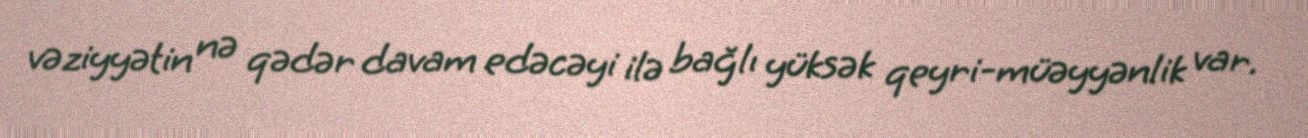
vəziyyətin nə qədər davam edəcəyi ilə bağlı yüksək qeyri-müəyyənlik var.